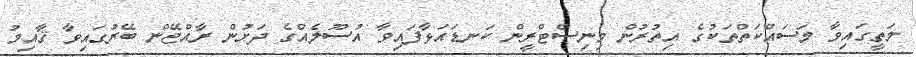
މަތީގައިވާ މަސައްކަތްތަކުގެ އިތުރުން މިނިސްޓްރީން ކަނޑައަޅާފައިވާ އުސޫލެއްގެ ދަށުން ރާއްޖޭން ބޭރުގައިވާ ޤާއިމު